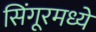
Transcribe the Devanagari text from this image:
सिंगूरमध्ये